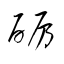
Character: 砺